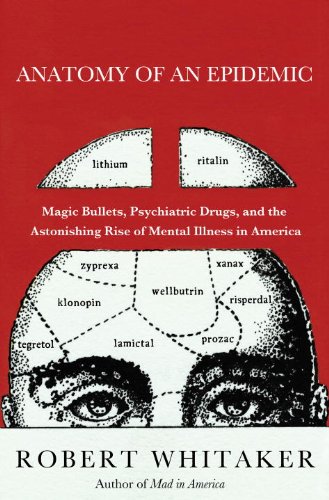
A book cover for Anatomy of an Epidemic: Magic Bullets, Psychiatric Drugs, and the Astonishing Rise of Mental Illness in America; Robert Whitaker; Medical Books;